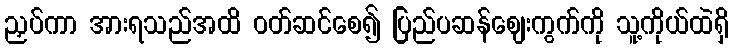
ညှပ်ကာ အားရသည်အထိ ဝတ်ဆင်စေ၍ ပြည်ပဆန်ဈေးကွက်ကို သူ့ကိုယ်ထဲရှိ